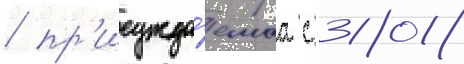
/ пр'исужда́емаа с 2018